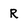
Character: r